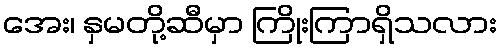
အေး၊ နှမတို့ဆီမှာ ကြိုးကြာရှိသလား